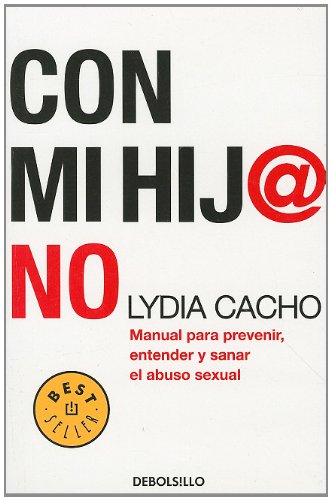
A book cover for Con mi hija no (Best Seller (Debolsillo)) (Spanish Edition); Lydia Cacho; Teen & Young Adult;